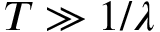
T \gg 1 / \lambda